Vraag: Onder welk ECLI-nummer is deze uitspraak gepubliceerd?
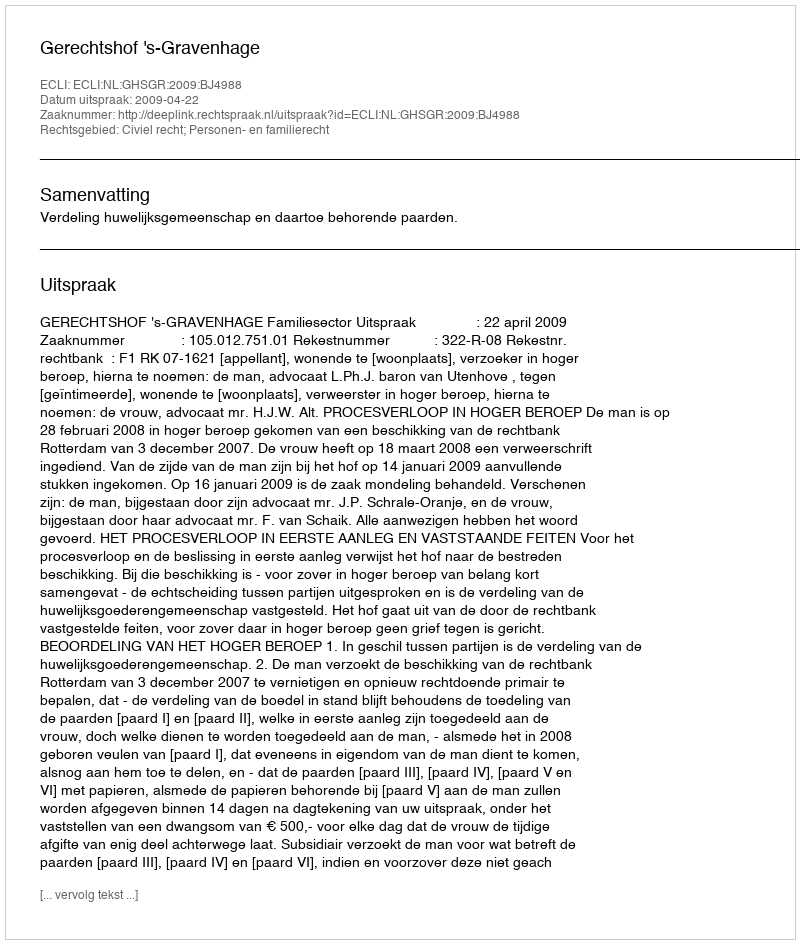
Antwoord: ECLI:NL:GHSGR:2009:BJ4988